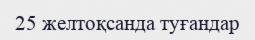
25 желтоқсанда туғандар